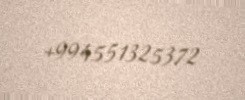
+994551325372